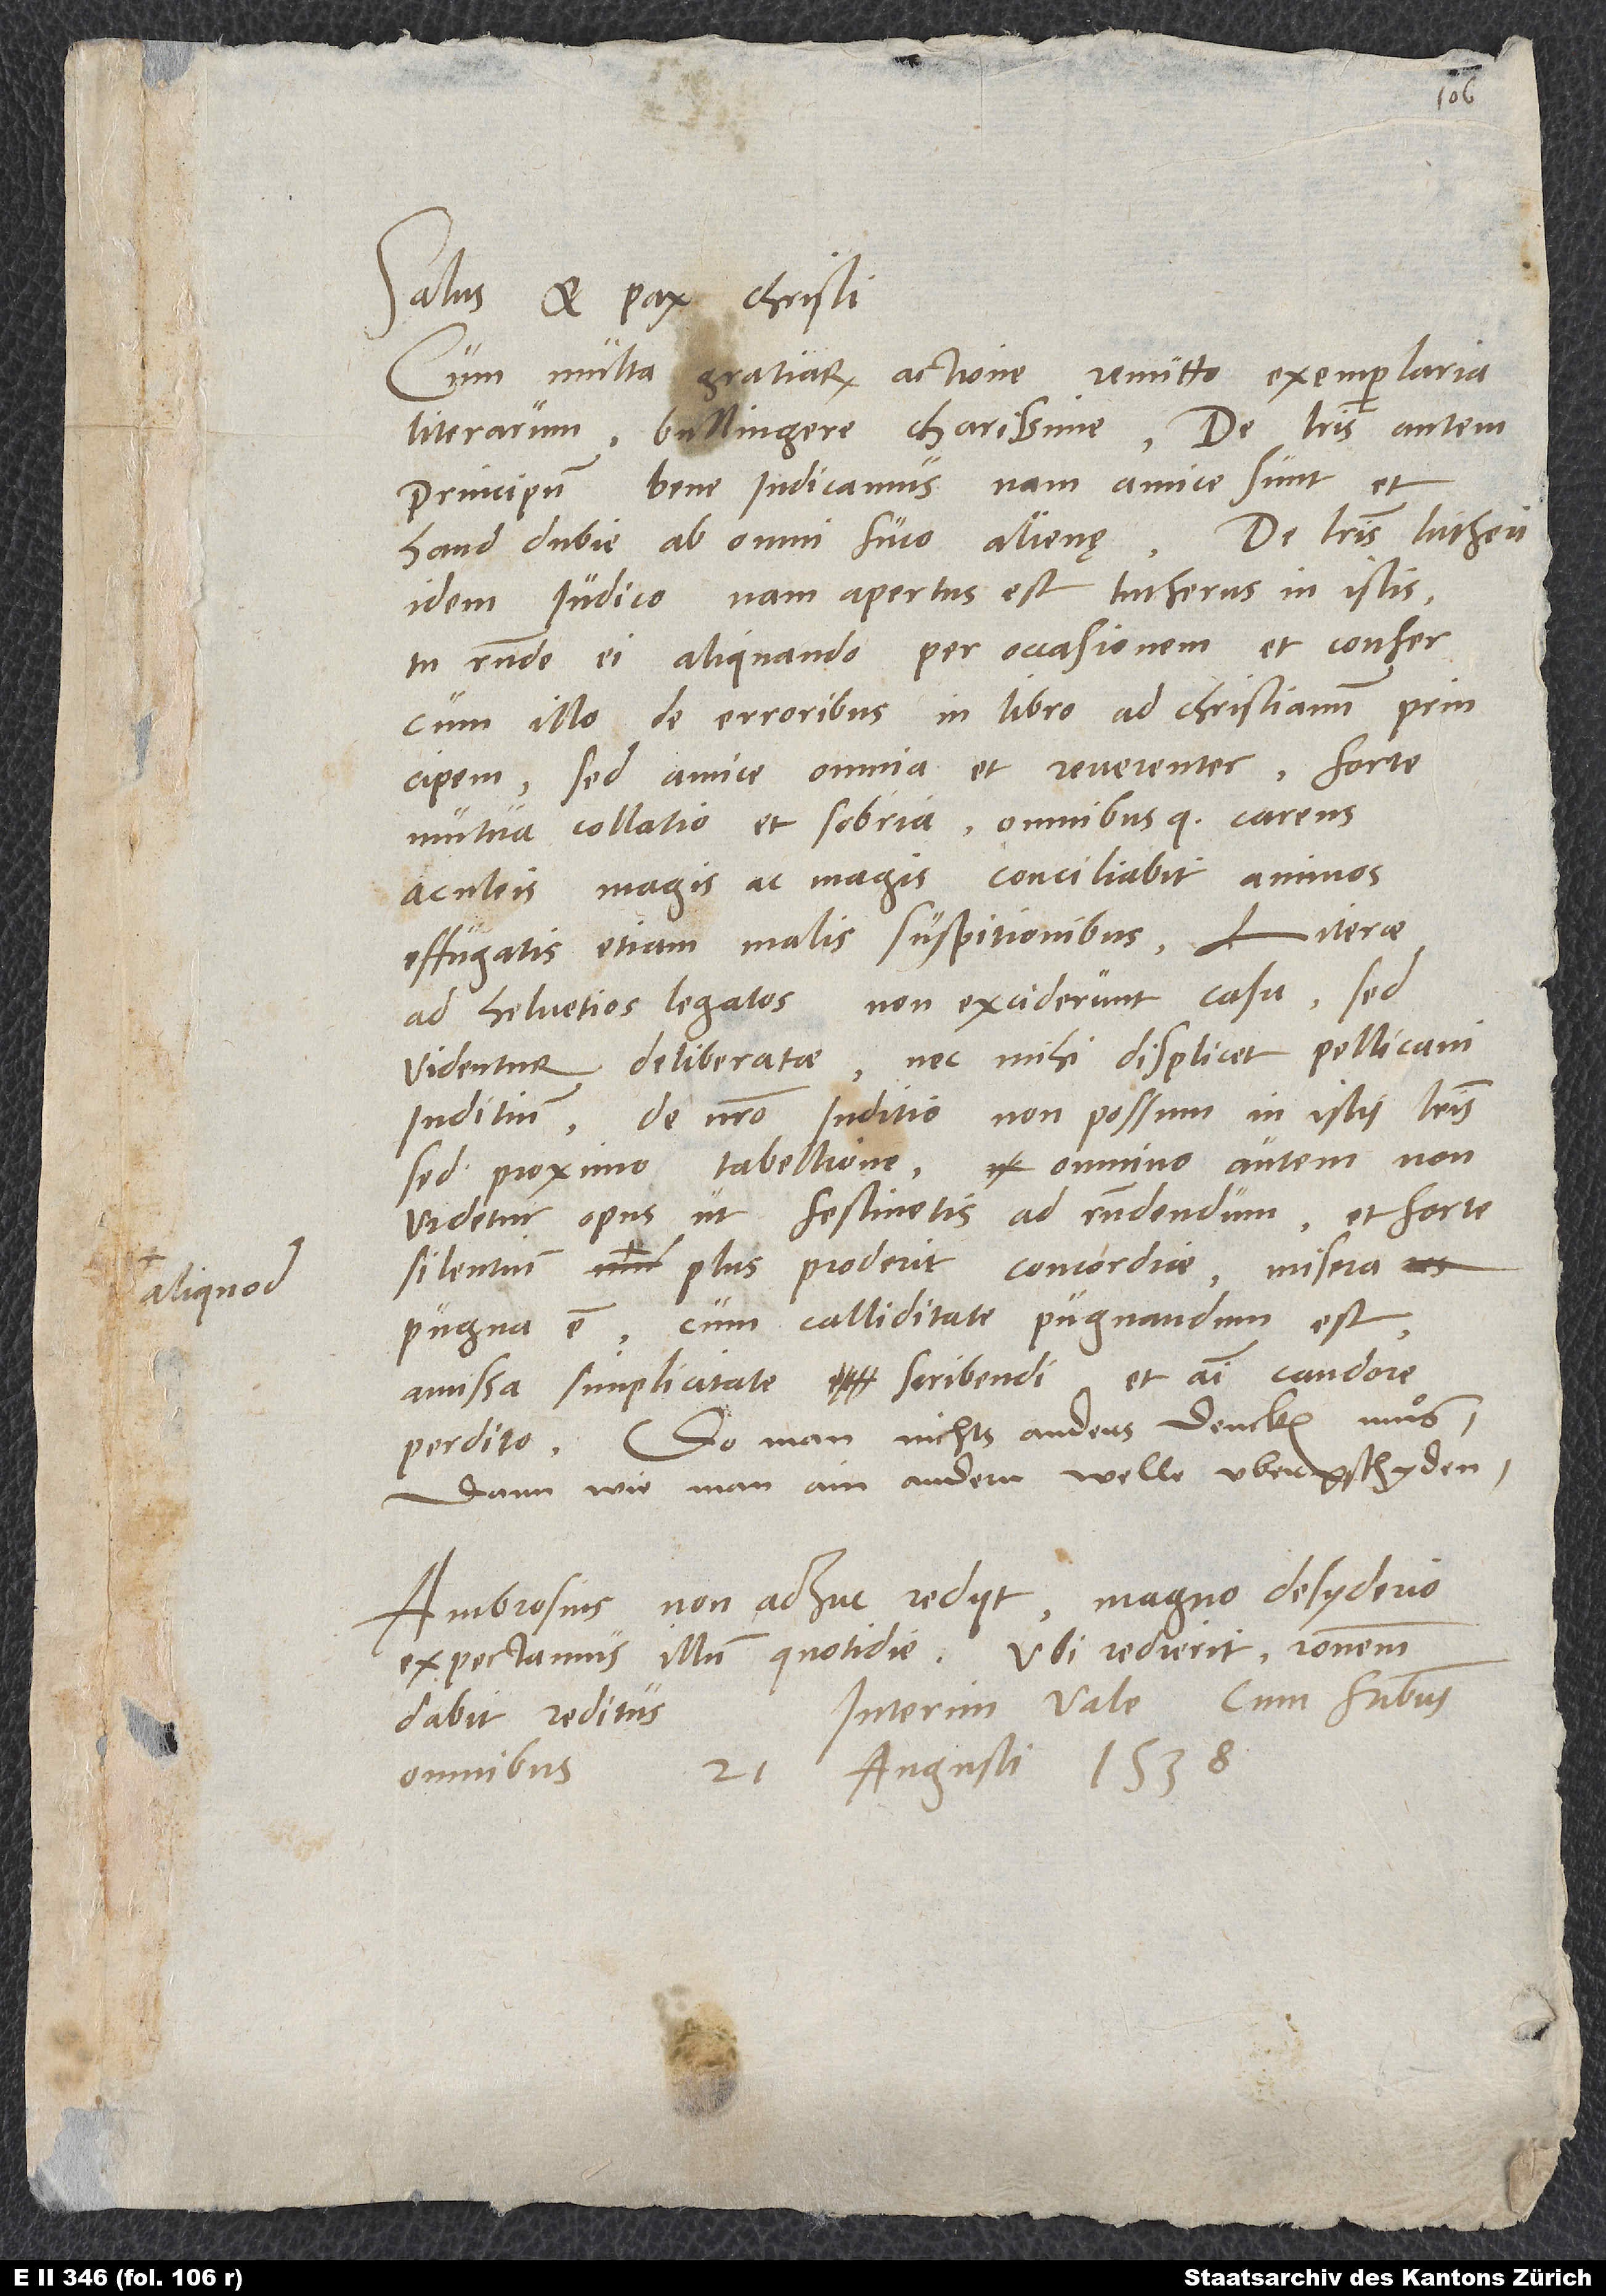
liquod

Salus et pax Christi.
Cum multa gratiarum actione remitto exemplaria
literarum, Bullingere charissime. De literis autem
principum bene iudicamus; nam amice sunt et
De literis Lutheri
haud dubie ab omni fuco alienę.
idem iudico; nam apertus est Lutherus in istis.
Tu responde ei aliquando per occasionem et confer
cum illo de erroribus in libro ad christianum principem,
sed amice omnia et reverenter. Forte
mutua collatio et sobria omnibusque carens
aculeis magis ac magis conciliabit animos
effugatis etiam malis suspitionibus.
ad Helvetios legatos non exciderunt casu, sed
videntur deliberatae, nec mihi displicet Pellicani
iuditium. De nostro iuditio non possum in istis literis,
sed proximo tabellione; omnino autem non
videtur opus, ut festinetis ad respondendum, et forte
pugna est, cum calliditate pugnandum est
amissa simplicitate scribendi et animi candore
perdito, do man nichts anders dencken muͦs,
dann wie man ain andern welle ubergschyden.
non adhuc rediit; magno desyderio
Ambrosius
expectamus illum quotidie. Ubi redierit, rationem
Interim vale cum fratribus
dabit reditus.
21. augusti 1538.
omnibus.